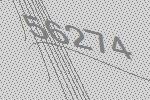
56274